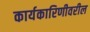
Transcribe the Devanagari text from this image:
कार्यकारिणीवरील